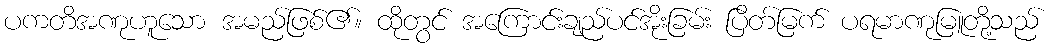
ပကတိအဏုဟူသော အမည်ဖြစ်၏။ ထိုတွင် အကြောင်းချည်ပင်အိုးခြမ်း ပြိတ်မြက် ပရမာဏုမြူတို့သည်